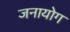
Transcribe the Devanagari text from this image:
जनायोग